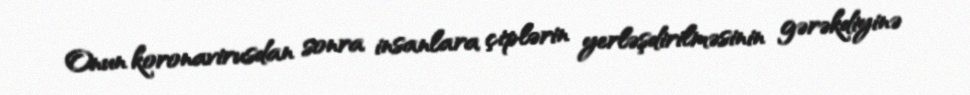
Onun koronavirusdan sonra insanlara çiplərin yerləşdirilməsinin gərəkdiyinə